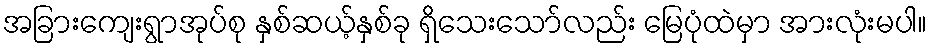
အခြားကျေးရွာအုပ်စု နှစ်ဆယ့်နှစ်ခု ရှိသေးသော်လည်း မြေပုံထဲမှာ အားလုံးမပါ။